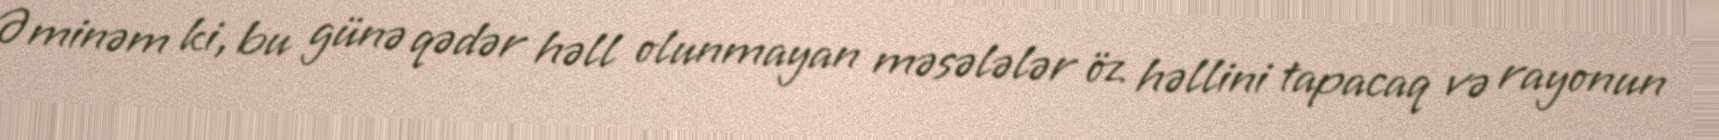
Əminəm ki, bu günə qədər həll olunmayan məsələlər öz həllini tapacaq və rayonun